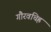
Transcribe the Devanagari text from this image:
गौरवचिह्र